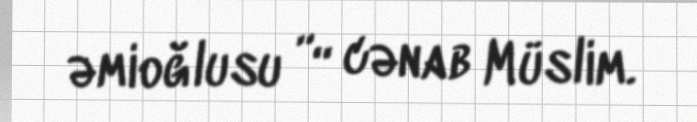
əmioğlusu ”“ cənab Müslim.